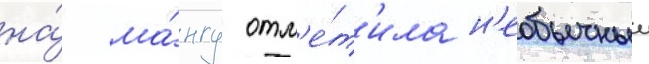
на́ ма́нгу отм'е́т'ила н'еобычныи